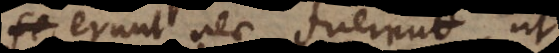
nec erunt nec fuerunt, ut